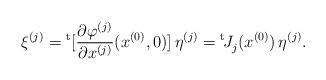
LaTeX: \begin{align*}\xi^{(j)}= {}^{\rm t}[\frac{\partial \varphi^{(j)}}{ \partial x^{(j)}}(x^{(0)},0)]\,\eta^{(j)}={}^{\rm t}\! J^{}_{j}(x^{(0)}) \,\eta^{(j)} .\end{align*}